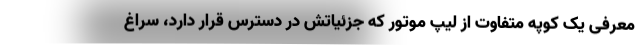
معرفی یک کوپه متفاوت از لیپ موتور که جزئیاتش در دسترس قرار دارد، سراغ